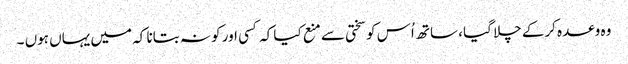
وہ وعدہ کرکے چلا گیا ، ساتھ اُس کو سختی سے منع کیا کہ کسی اور کو نہ بتانا کہ میں یہاں ہوں ۔